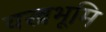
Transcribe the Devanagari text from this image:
वस्त्रभूमि